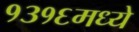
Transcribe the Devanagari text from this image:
१३१६मध्ये